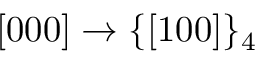
[ 0 0 0 ] \rightarrow \{ [ 1 0 0 ] \} _ { 4 }